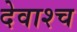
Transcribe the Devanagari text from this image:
देवाश्च